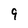
Character: 9